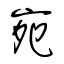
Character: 宛